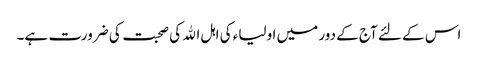
اس کے لئے آج کے دور میں اولیاء کی اہل اﷲ کی صحبت کی ضرورت ہے۔